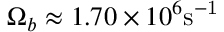
\Omega _ { b } \approx 1 . 7 0 \times 1 0 ^ { 6 } \mathrm { s ^ { - 1 } }